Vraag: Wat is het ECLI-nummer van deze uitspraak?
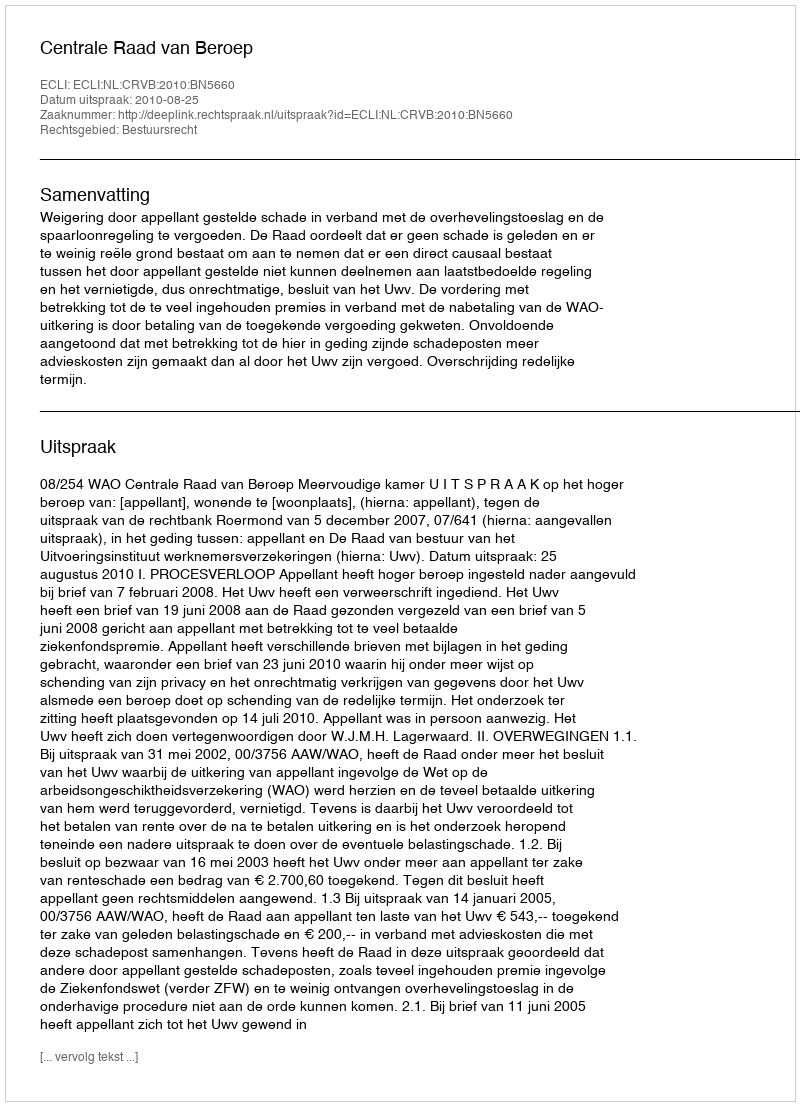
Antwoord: ECLI:NL:CRVB:2010:BN5660